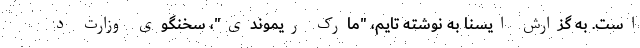
است. به گزارش ایسنا به نوشته تایم، "مارک ریموندی"، سخنگوی وزارت د